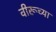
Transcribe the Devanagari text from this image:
वीरूच्या